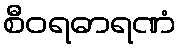
စီဝရဓာရဏံ